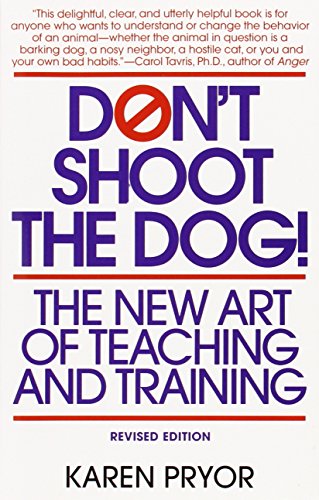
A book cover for Don't Shoot the Dog: The New Art of Teaching and Training; Karen Pryor; Business & Money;